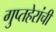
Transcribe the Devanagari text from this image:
गुप्तहेरांची